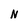
Character: N